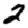
Digit: 2